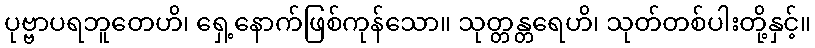
ပုဗ္ဗာပရဘူတေဟိ၊ ရှေ့နောက်ဖြစ်ကုန်သော။ သုတ္တန္တရေဟိ၊ သုတ်တစ်ပါးတို့နှင့်။